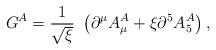
LaTeX: \begin{align*}G^A=\frac{1}{\sqrt{\xi}}\ \left(\partial^\mu A_\mu^A + \xi \partial^5A_5^A\right),\end{align*}